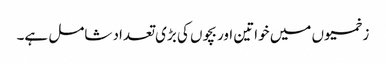
زخمیوں میں خواتین اور بچوں کی بڑی تعداد شامل ہے۔